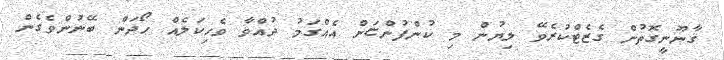
ޤާނޫނީގޮތުން ގެޒެޓްކުރެވޭ ލިޔުން މި ކުންފުންޏަށް އެއްގަމު ދުއްވާ ވެހިކަލެއް ހޯދަން ބޭނުންވެގެން